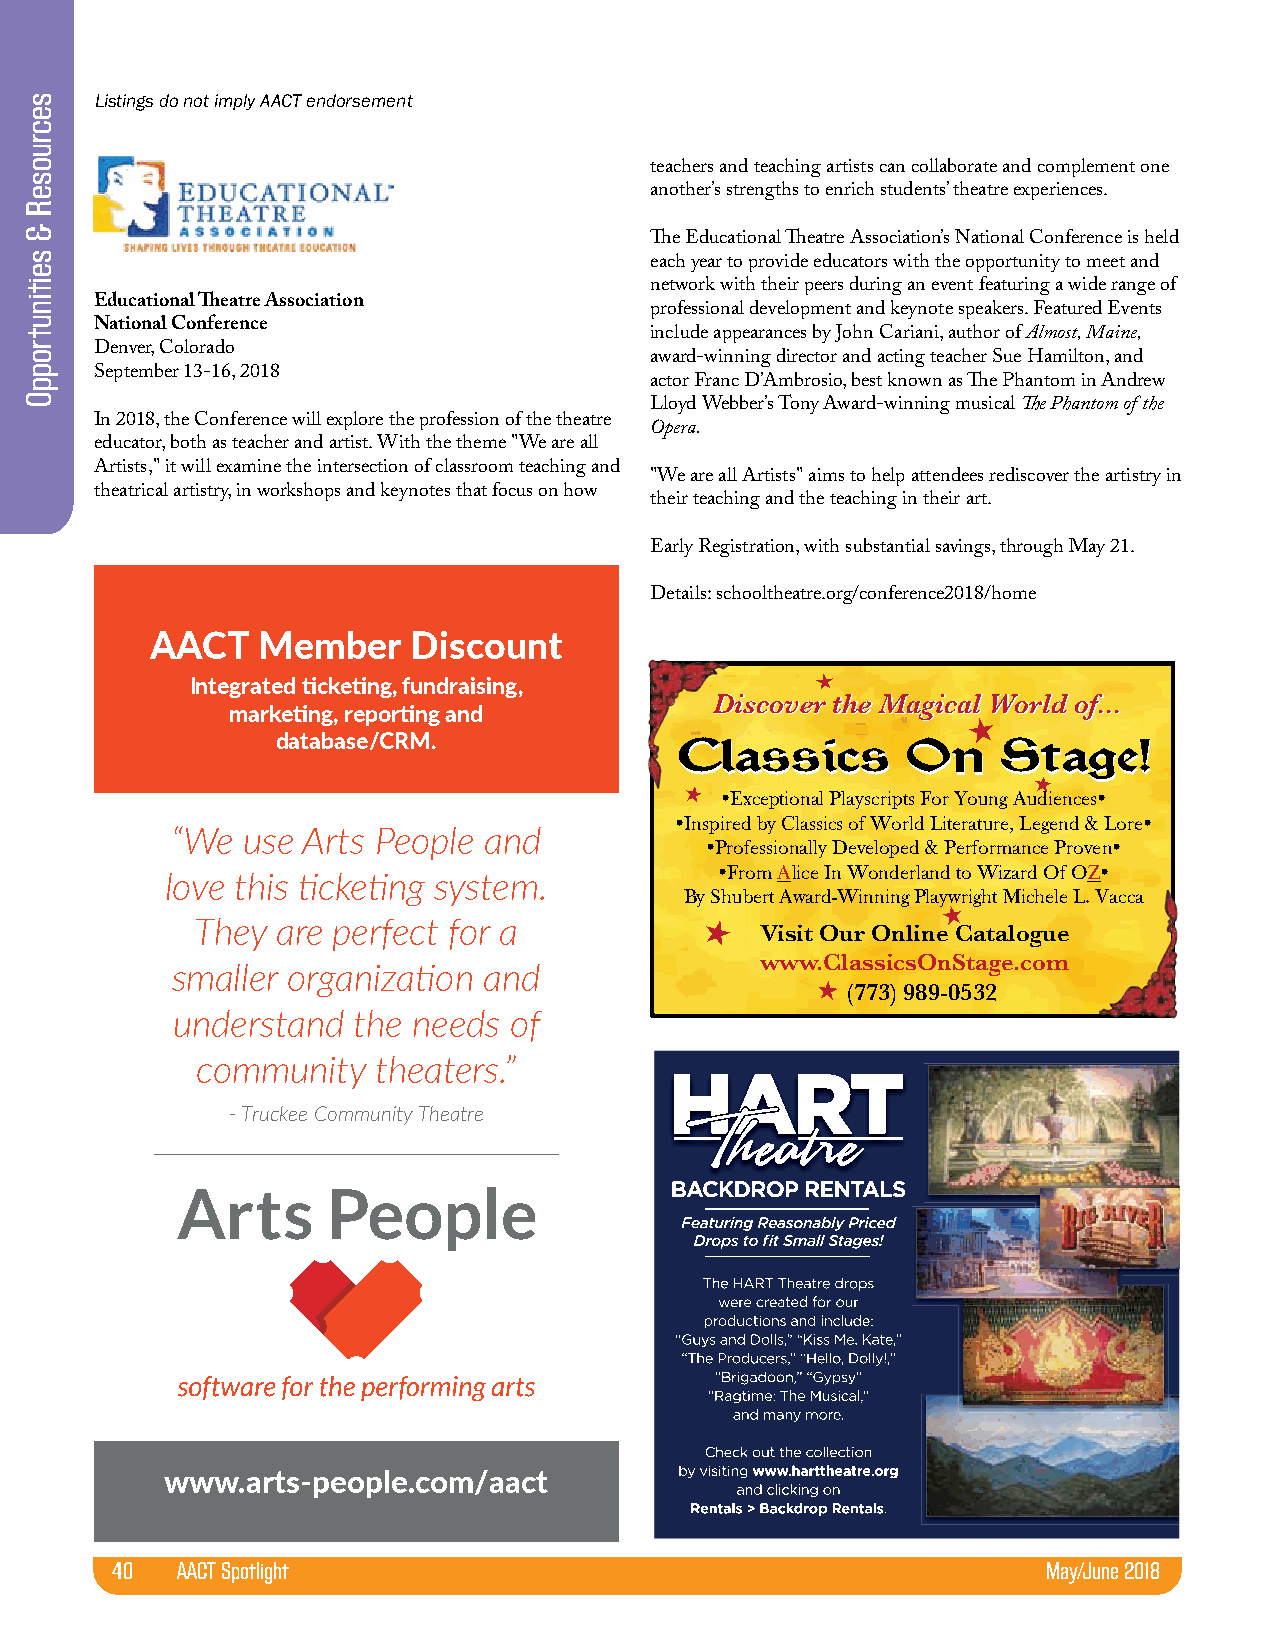
Listings do not imply AACT endorsement
 teachers and teaching artists can collaborate and complement one
 another’s strengths to enrich students’ theatre experiences.
 The Educational Theatre Association’s National Conference is held
 each year to provide educators with the opportunity to meet and
 network with their peers during an event featuring a wide range of
 Educational Theatre Association
 professional development and keynote speakers. Featured Events
 National Conference
 include appearances by John Cariani, author of Almost, Maine,
 Denver, Colorado
 award-winning director and acting teacher Sue Hamilton, and
 September 13-16, 2018
 actor Franc D’Ambrosio, best known as The Phantom in Andrew
 Lloyd Webber’s Tony Award-winning musical The Phantom of the
 In 2018, the Conference will explore the profession of the theatre
 Opera.
 educator, both as teacher and artist. With the theme "We are all
 Artists," it will examine the intersection of classroom teaching and
 "We are all Artists" aims to help attendees rediscover the artistry in
 theatrical artistry, in workshops and keynotes that focus on how
 their teaching and the teaching in their art.
 Early Registration, with substantial savings, through May 21.
 Details: schooltheatre.org/conference2018/home
 AACT   Member    Discount
 «
 Integrated ticketing, fundraising,
 DDiissccoovveerr tthhee MMaaggiiccaall WWoorrlldd ooff......
 marketing, reporting and
 «
 database/CRM.
 CCllaassssiiccss OOnn SSttaaggee!!
 «
 «  Exceptional Playscripts For Young Audiences
 Inspired by Classics of World Literature, Legend & Lore
 “We  use Arts People and
 Professionally Developed & Performance Proven
 From Alice In Wonderland to Wizard Of OZ
 love this ticketing system.
 By Shubert Award-Winning Playwright Michele L. Vacca
 «
 They are perfect for a           «   Visit Our Online Catalogue
 www.ClassicsOnStage.com
 smaller organization and
 «(773) 989-0532
 understand  the needs  of
 community   theaters.”
 - Truckee Community Theatre
 www.arts-people.com/aact
 40   AACT Spotlight                                           May/June 2018
 secruoseR
 &
 seitinutroppO